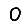
Digit: 0